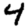
Digit: 4